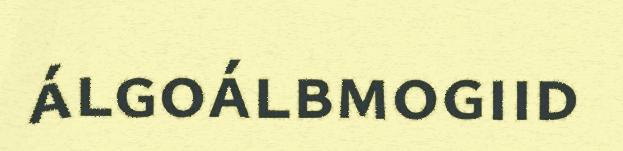
álgoálbmogiid